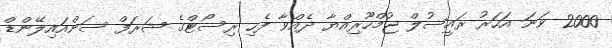
2000 ވަނަ އަަހަރު ރައީސުލް ޖުމްހޫރިއްޔާ ދެއްވާ ފެހި ރިސޯޓްގެ ޝަރަފް ސަންއައިލޭންޑް